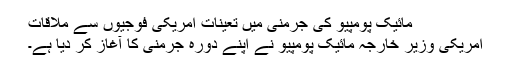
مائیک پومپیو کی جرمنی میں تعینات امریکی فوجیوں سے ملاقات
امریکی وزیر خارجہ مائیک پومپیو نے اپنے دورہ جرمنی کا آغاز کر دیا ہے۔